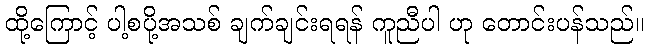
ထို့ကြောင့် ပါ့စပို့အသစ် ချက်ချင်းရရန် ကူညီပါ ဟု တောင်းပန်သည်။